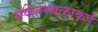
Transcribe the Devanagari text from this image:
संकेतस्थळाकडे